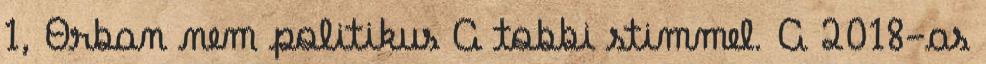
1, Orban nem politikus A tobbi stimmel. A 2018-as